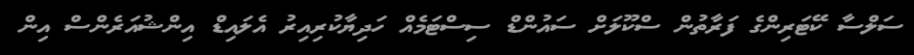
ސަލްސާ ކޭޓަރިންގެ ފަރާތުން ސްކޫލަށް ސައުންޑް ސިސްޓަމެއް ހަދިޔާކުރިއިރު އެލައިޑް އިންޝުއަރެންސް އިން